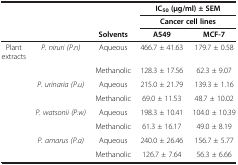
<table><thead><tr><td><b> </b></td><td><b> </b></td><td><b> </b></td><td colspan="2"><b>IC<sub>50 </sub>(μg/ml) ± SEM</b></td></tr><tr><td><b> </b></td><td><b> </b></td><td><b> </b></td><td colspan="2"><b>Cancer cell lines</b></td></tr><tr><td><b> </b></td><td><b> </b></td><td><b>Solvents</b></td><td><b>A549</b></td><td><b>MCF-7</b></td></tr></thead><tbody><tr><td>Plant extracts</td><td><i>P. niruri (P.n)</i></td><td>Aqueous</td><td>466.7 ± 41.63</td><td>179.7 ± 0.58</td></tr><tr><td> </td><td> </td><td>Methanolic</td><td>128.3 ± 17.56</td><td>62.3 ± 9.07</td></tr><tr><td> </td><td><i>P. urinaria (P.u)</i></td><td>Aqueous</td><td>215.0 ± 21.79</td><td>139.3 ± 1.16</td></tr><tr><td> </td><td> </td><td>Methanolic</td><td>69.0 ± 11.53</td><td>48.7 ± 10.02</td></tr><tr><td> </td><td><i>P. watsonii (P.w)</i></td><td>Aqueous</td><td>198.3 ± 10.41</td><td>104.0 ± 10.39</td></tr><tr><td> </td><td> </td><td>Methanolic</td><td>61.3 ± 16.17</td><td>49.0 ± 8.19</td></tr><tr><td> </td><td><i>P. amarus (P.a)</i></td><td>Aqueous</td><td>240.0 ± 26.46</td><td>156.7 ± 5.77</td></tr><tr><td> </td><td> </td><td>Methanolic</td><td>126.7 ± 7.64</td><td>56.3 ± 6.66</td></tr></tbody></table>